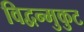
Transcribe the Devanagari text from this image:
विद्वन्मुकुट